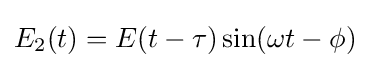
E_{2}(t)=E(t-\tau )\sin(\omega t-\phi )